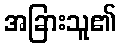
အခြားသူ၏